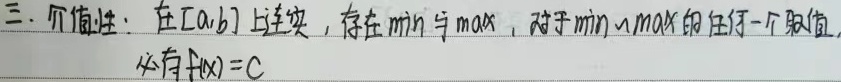
三. 介值性：函数在\([a,b]\)上连续，则存在\(\min\)与\(\max\)，对于\(\min\)到\(\max\)之间的任何一个取值\(C\)，必有\(f(x)=C\)